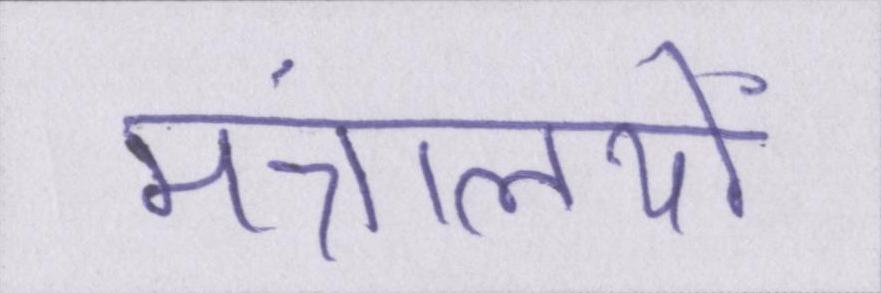
मंत्रालयों